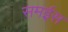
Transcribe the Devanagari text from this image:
समईस